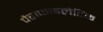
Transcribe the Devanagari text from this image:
पैराफाइलेटिक